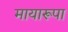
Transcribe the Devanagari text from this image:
मायारूपा